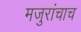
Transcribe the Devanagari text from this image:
मजुरांचाच